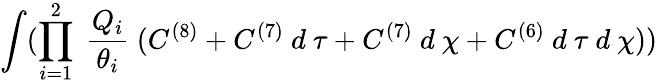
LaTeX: \int(\prod_{i=1}^{2}~\frac{Q_{i}}{\theta_{i}}~(C^{(8)}+C^{(7)}~d~\tau+C^{(7)}~d~\chi+C^{(6)}~d~\tau~d~\chi))